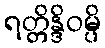
ရတ္တိန္ဒိဝမ္ပိ